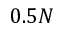
0 . 5 N